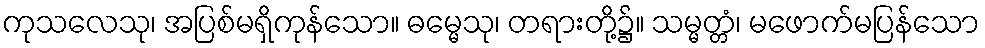
ကုသလေသု၊ အပြစ်မရှိကုန်သော။ ဓမ္မေသု၊ တရားတို့၌။ သမ္မတ္တံ၊ မဖောက်မပြန်သော